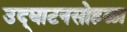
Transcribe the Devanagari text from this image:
उद्‌घाटनसोहळा